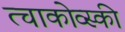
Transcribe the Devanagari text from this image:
त्चाकोव्स्की